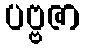
ပဗ္ဗဇာ